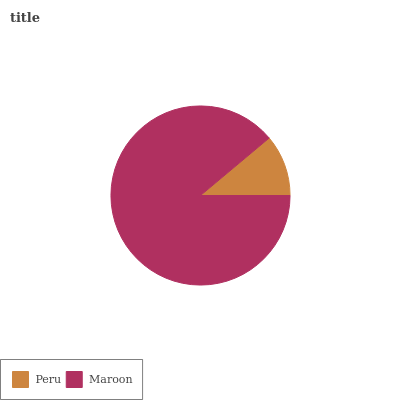
| Peru | Maroon |
 | --- | --- |
 | 11.1% | 88.9% |